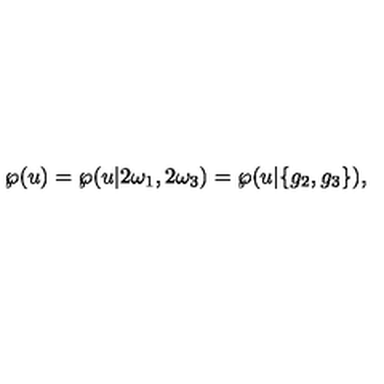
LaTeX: \wp ( u ) = \wp ( u | 2 \omega _ { 1 } , 2 \omega _ { 3 } ) = \wp ( u | \{ g _ { 2 } , g _ { 3 } \} ) ,